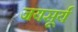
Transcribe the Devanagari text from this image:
जयसूर्य